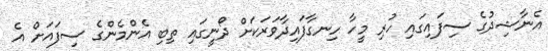
އެނާޝިދުގެ ސިފައިގައި ހުރި މީހާ ހިނގާފައިދާވަރަކަށް ދޯނީގައި ތިބި އެންމެންގެ ސިފައަށް އެ